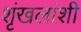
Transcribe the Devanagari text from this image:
शृंखलांशी